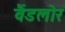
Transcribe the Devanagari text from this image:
वैंडलोर